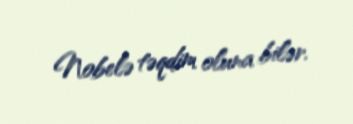
Nobelə təqdim oluna bilər.